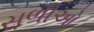
સળીઓ